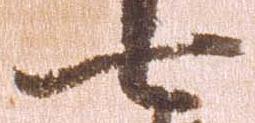
七